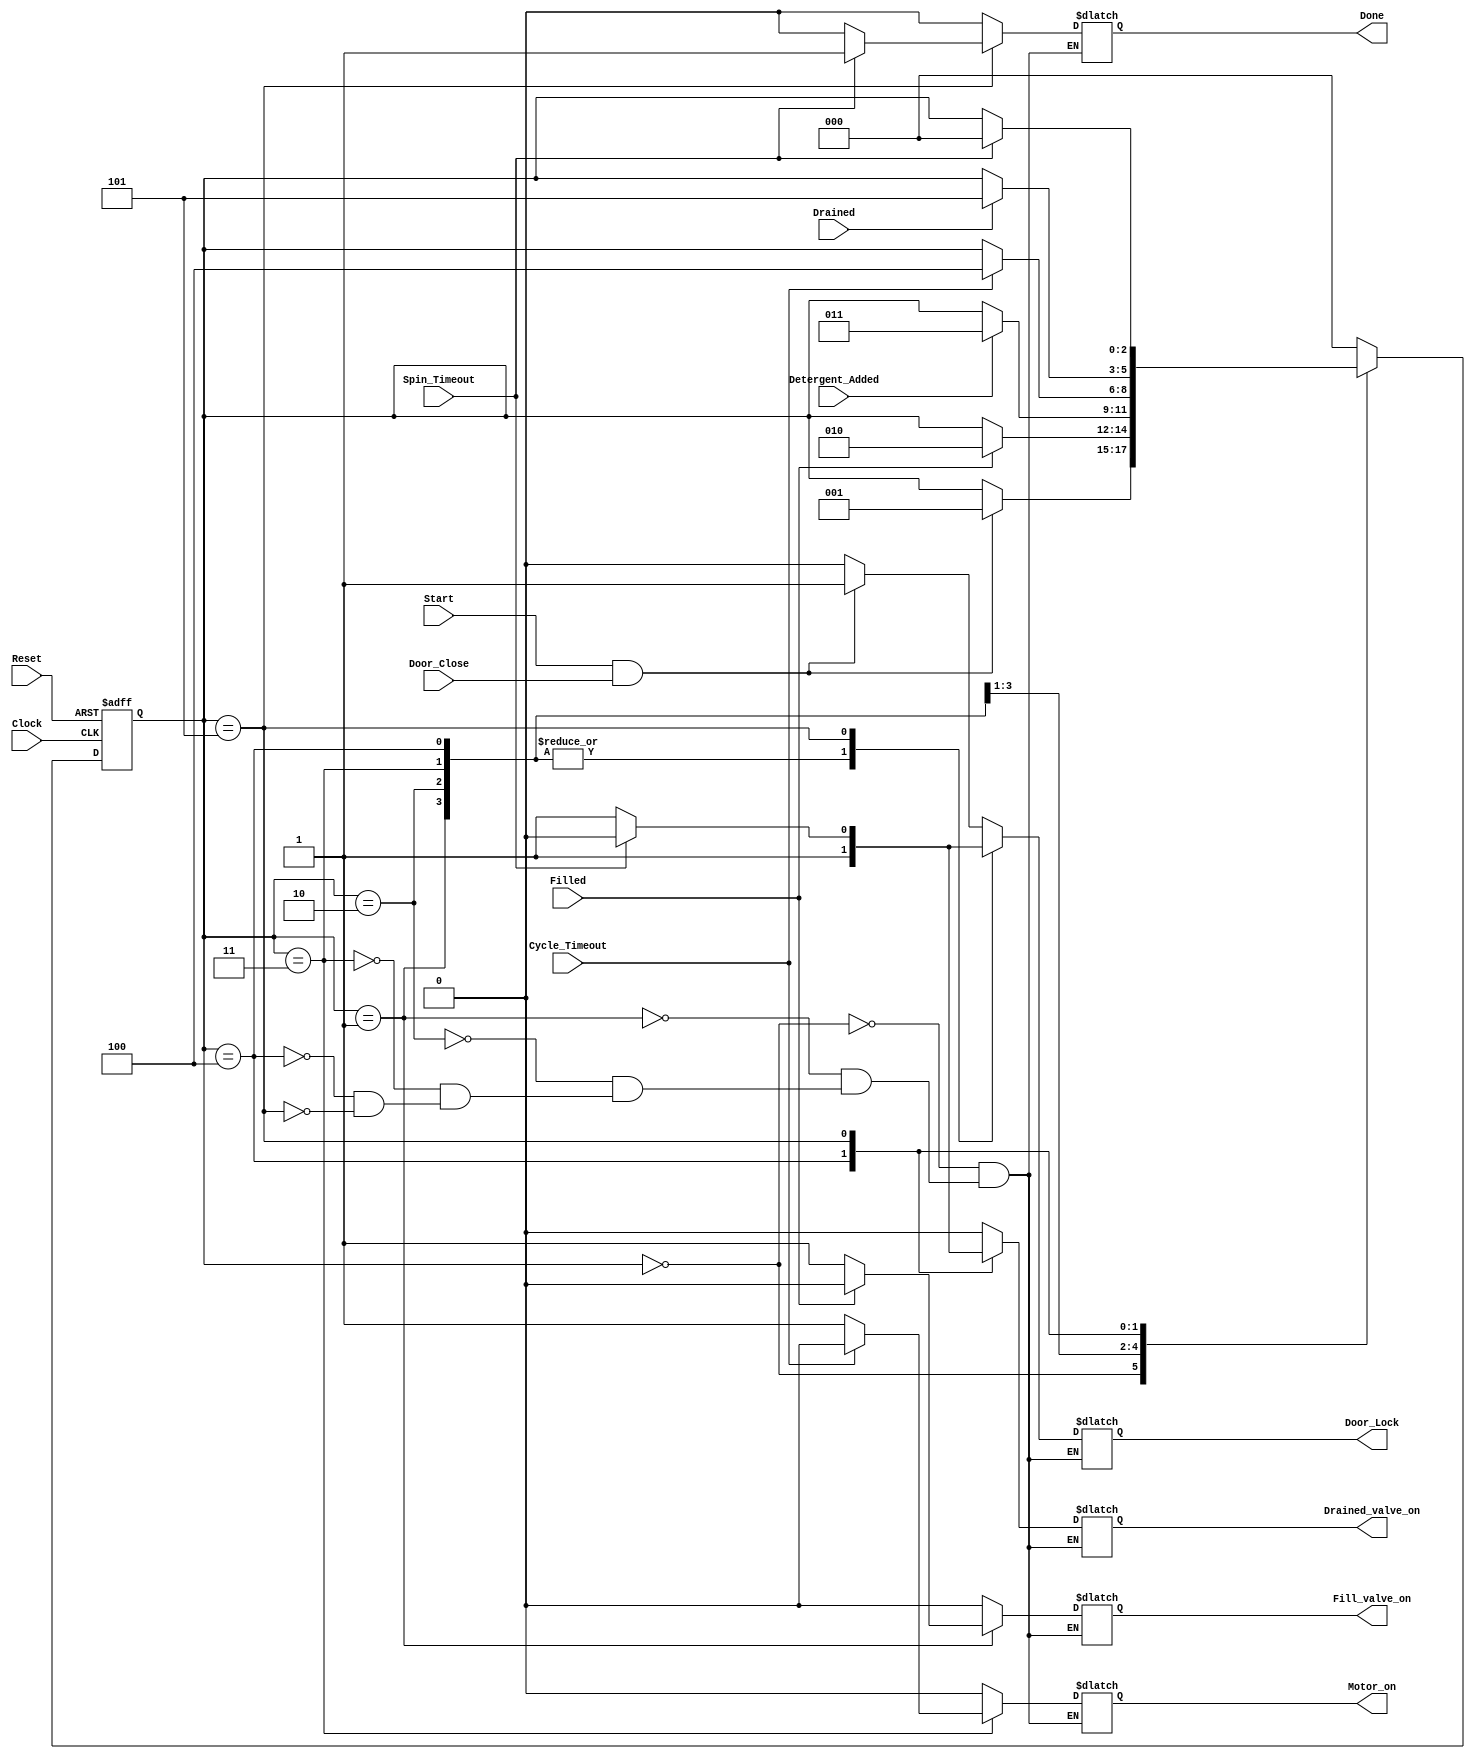
module Washing_Machine (
    input Clock,
    input Reset,
    input Start,
    input Door_Close,
    input Filled,
    input Drained,
    input Detergent_Added,
    input Cycle_Timeout,
    input Spin_Timeout,
    output reg Motor_on,
    output reg Fill_valve_on,
    output reg Drained_valve_on,
    output reg Door_Lock,
    output reg Done
);

    parameter Check_Door = 3'b000;
    parameter Fill_Water = 3'b001;
    parameter Add_Detergent = 3'b010;
    parameter Cycle = 3'b011;
    parameter Drain_Water = 3'b100;
    parameter Spin = 3'b101;

    reg [2:0] Current_State, Next_State;

    always @(posedge Clock, negedge Reset) begin
        if (Reset == 0) begin
            Current_State <= Check_Door;
        end else begin
            Current_State <= Next_State;
        end
    end

    always @(*) begin
        case (Current_State)
            Check_Door: begin
                if (Start == 1 && Door_Close == 1) begin
                    Next_State = Fill_Water;
                    Motor_on <= 0;
                    Fill_valve_on <= 0;
                    Drained_valve_on <= 0;
                    Door_Lock <= 1;
                    Done <= 0;
                end else begin
                    Next_State = Current_State;
                    Motor_on <= 0;
                    Fill_valve_on <= 0;
                    Drained_valve_on <= 0;
                    Door_Lock <= 0;
                    Done <= 0;
                end
            end

            Fill_Water: begin
                if (Filled == 1) begin
                    Next_State = Add_Detergent;
                    Motor_on <= 0;
                    Fill_valve_on <= 0;
                    Drained_valve_on <= 0;
                    Door_Lock <= 1;
                    Done <= 0;
                end else begin
                    Next_State = Current_State;
                    Motor_on <= 0;
                    Fill_valve_on <= 1;
                    Drained_valve_on <= 0;
                    Door_Lock <= 1;
                    Done <= 0;
                end
            end

            Add_Detergent: begin
                if (Detergent_Added == 1) begin
                    Next_State = Cycle;
                    Motor_on <= 0;
                    Fill_valve_on <= 0;
                    Drained_valve_on <= 0;
                    Door_Lock <= 1;
                    Done <= 0;
                end else begin
                    Next_State = Current_State;
                    Motor_on <= 0;
                    Fill_valve_on <= 0;
                    Drained_valve_on <= 0;
                    Door_Lock <= 1;
                    Done <= 0;
                end
            end

            Cycle: begin
                if (Cycle_Timeout == 1) begin
                    Next_State = Drain_Water;
                    Motor_on <= 0;
                    Fill_valve_on <= 0;
                    Drained_valve_on <= 0;
                    Door_Lock <= 1;
                    Done <= 0;
                end else begin
                    Next_State = Current_State;
                    Motor_on <= 1;
                    Fill_valve_on <= 0;
                    Drained_valve_on <= 0;
                    Door_Lock <= 1;
                    Done <= 0;
                end
            end

            Drain_Water: begin
                if (Drained == 1) begin
                    Next_State = Spin;
                    Motor_on <= 0;
                    Fill_valve_on <= 0;
                    Drained_valve_on <= 1;
                    Door_Lock <= 1;
                    Done <= 0;
                end else begin
                    Next_State = Current_State;
                    Motor_on <= 0;
                    Fill_valve_on <= 0;
                    Drained_valve_on <= 1;
                    Door_Lock <= 1;
                    Done <= 0;
                end
            end

            Spin: begin
                if (Spin_Timeout == 1) begin
                    Next_State = Check_Door;
                    Motor_on <= 0;
                    Fill_valve_on <= 0;
                    Drained_valve_on <= 0;
                    Door_Lock <= 0;
                    Done <= 1;
                end else begin
                    Next_State = Current_State;
                    Motor_on <= 0;
                    Fill_valve_on <= 0;
                    Drained_valve_on <= 1;
                    Door_Lock <= 1;
                    Done <= 0;
                end
            end

            default: begin
                Next_State = Check_Door;
            end
        endcase
    end

endmodule